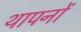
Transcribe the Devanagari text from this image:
थापनों